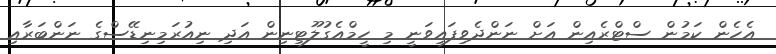
އެހެން ކަމުން ސްޓްރެއިން އަށް ނަންދެވިފައިވަނީ މި ހީމްއެގުލޫޓިނިން އަދި ނިއުރަމިނިޑޭސްގެ ނަންބަރާއި